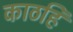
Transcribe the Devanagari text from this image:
काठहि